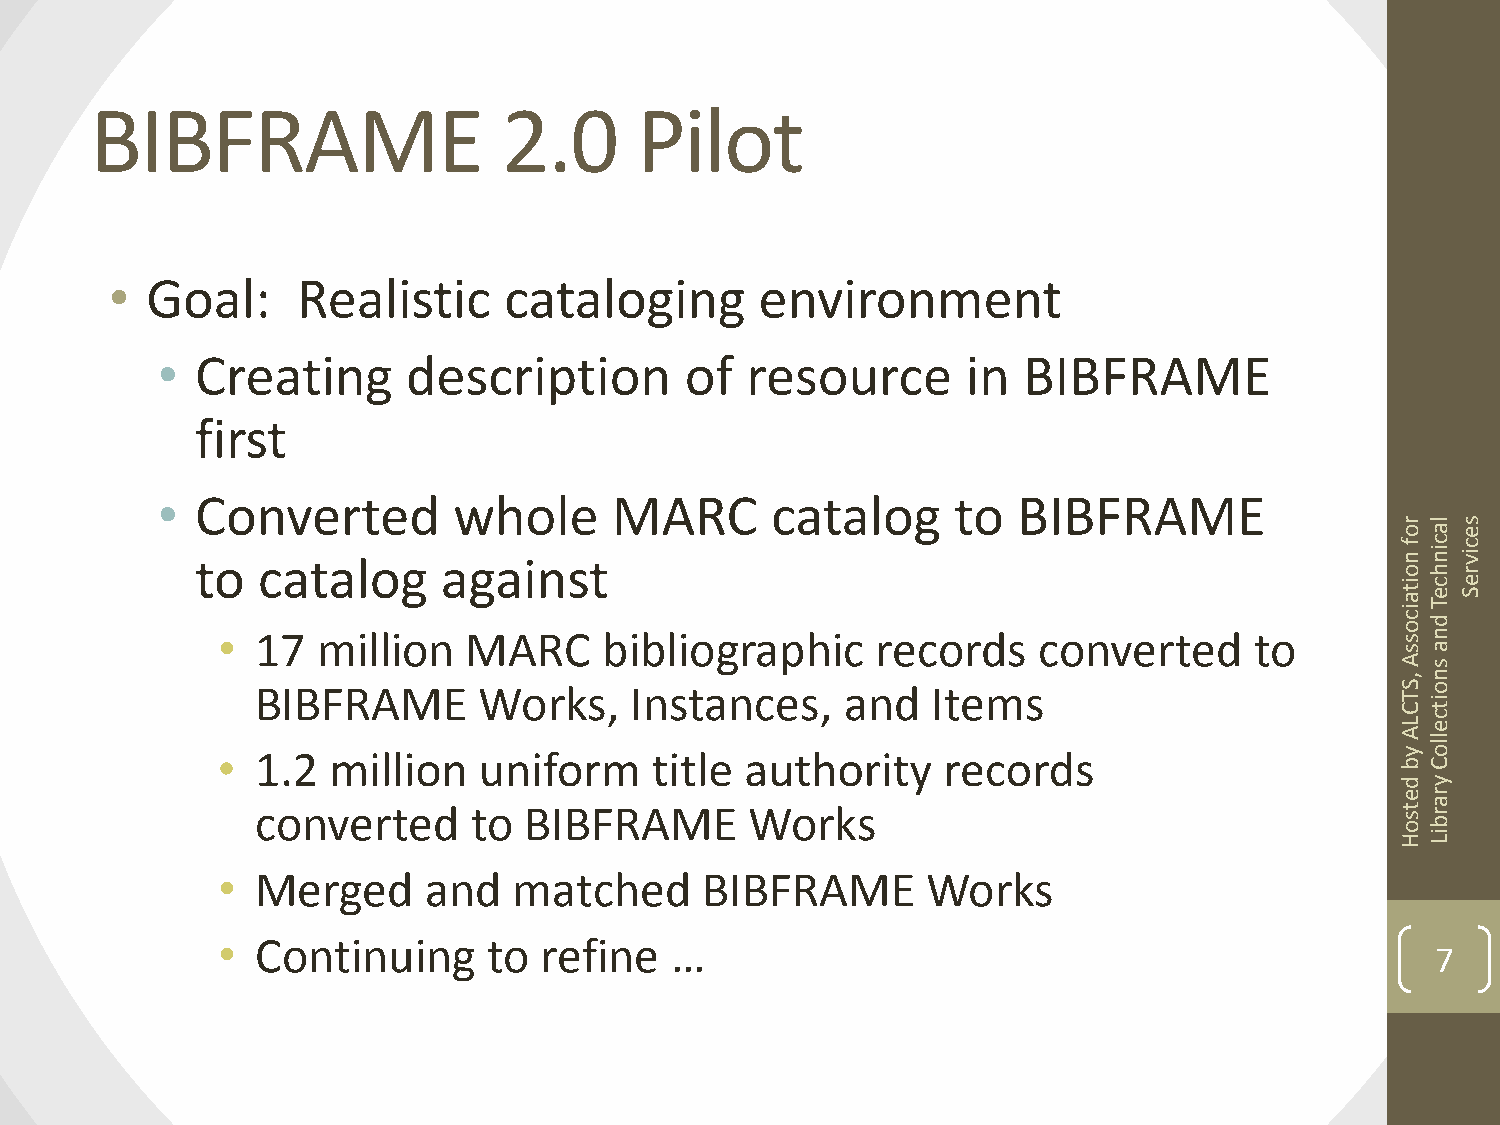
BIBFRAME                   2.0      Pilot
 •  Goal:     Realistic    cataloging       environment
 •  Creating      description       of  resource       in  BIBFRAME
 first
 •  Converted        whole      MARC      catalog     to  BIBFRAME
 r
 o
 las
 e
 to  catalog     against
 f nc inc
 iv
 ohr
 it ac
 e
 Te
 S
 ic
 o d
 •  17  million   MARC     bibliographic     records    converted     to        sn
 sa
 A s
 ,n
 BIBFRAME       Works,    Instances,    and   Items                          So
 T Cit
 c
 Le
 •  1.2  million   uniform    title authority    records
 A yllo
 bC
 d y
 er
 a
 converted     to  BIBFRAME       Works                                      t s or b
 HiL
 •  Merged     and   matched     BIBFRAME       Works
 •  Continuing     to  refine  …
 7